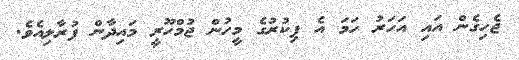
ޖެހިގެން އައި އަހަރު ހަމަ އެ ފިކުރުގެ މީހުން ޖުމްހޫރީ މައިދާން ފުރާލިއެވެ.